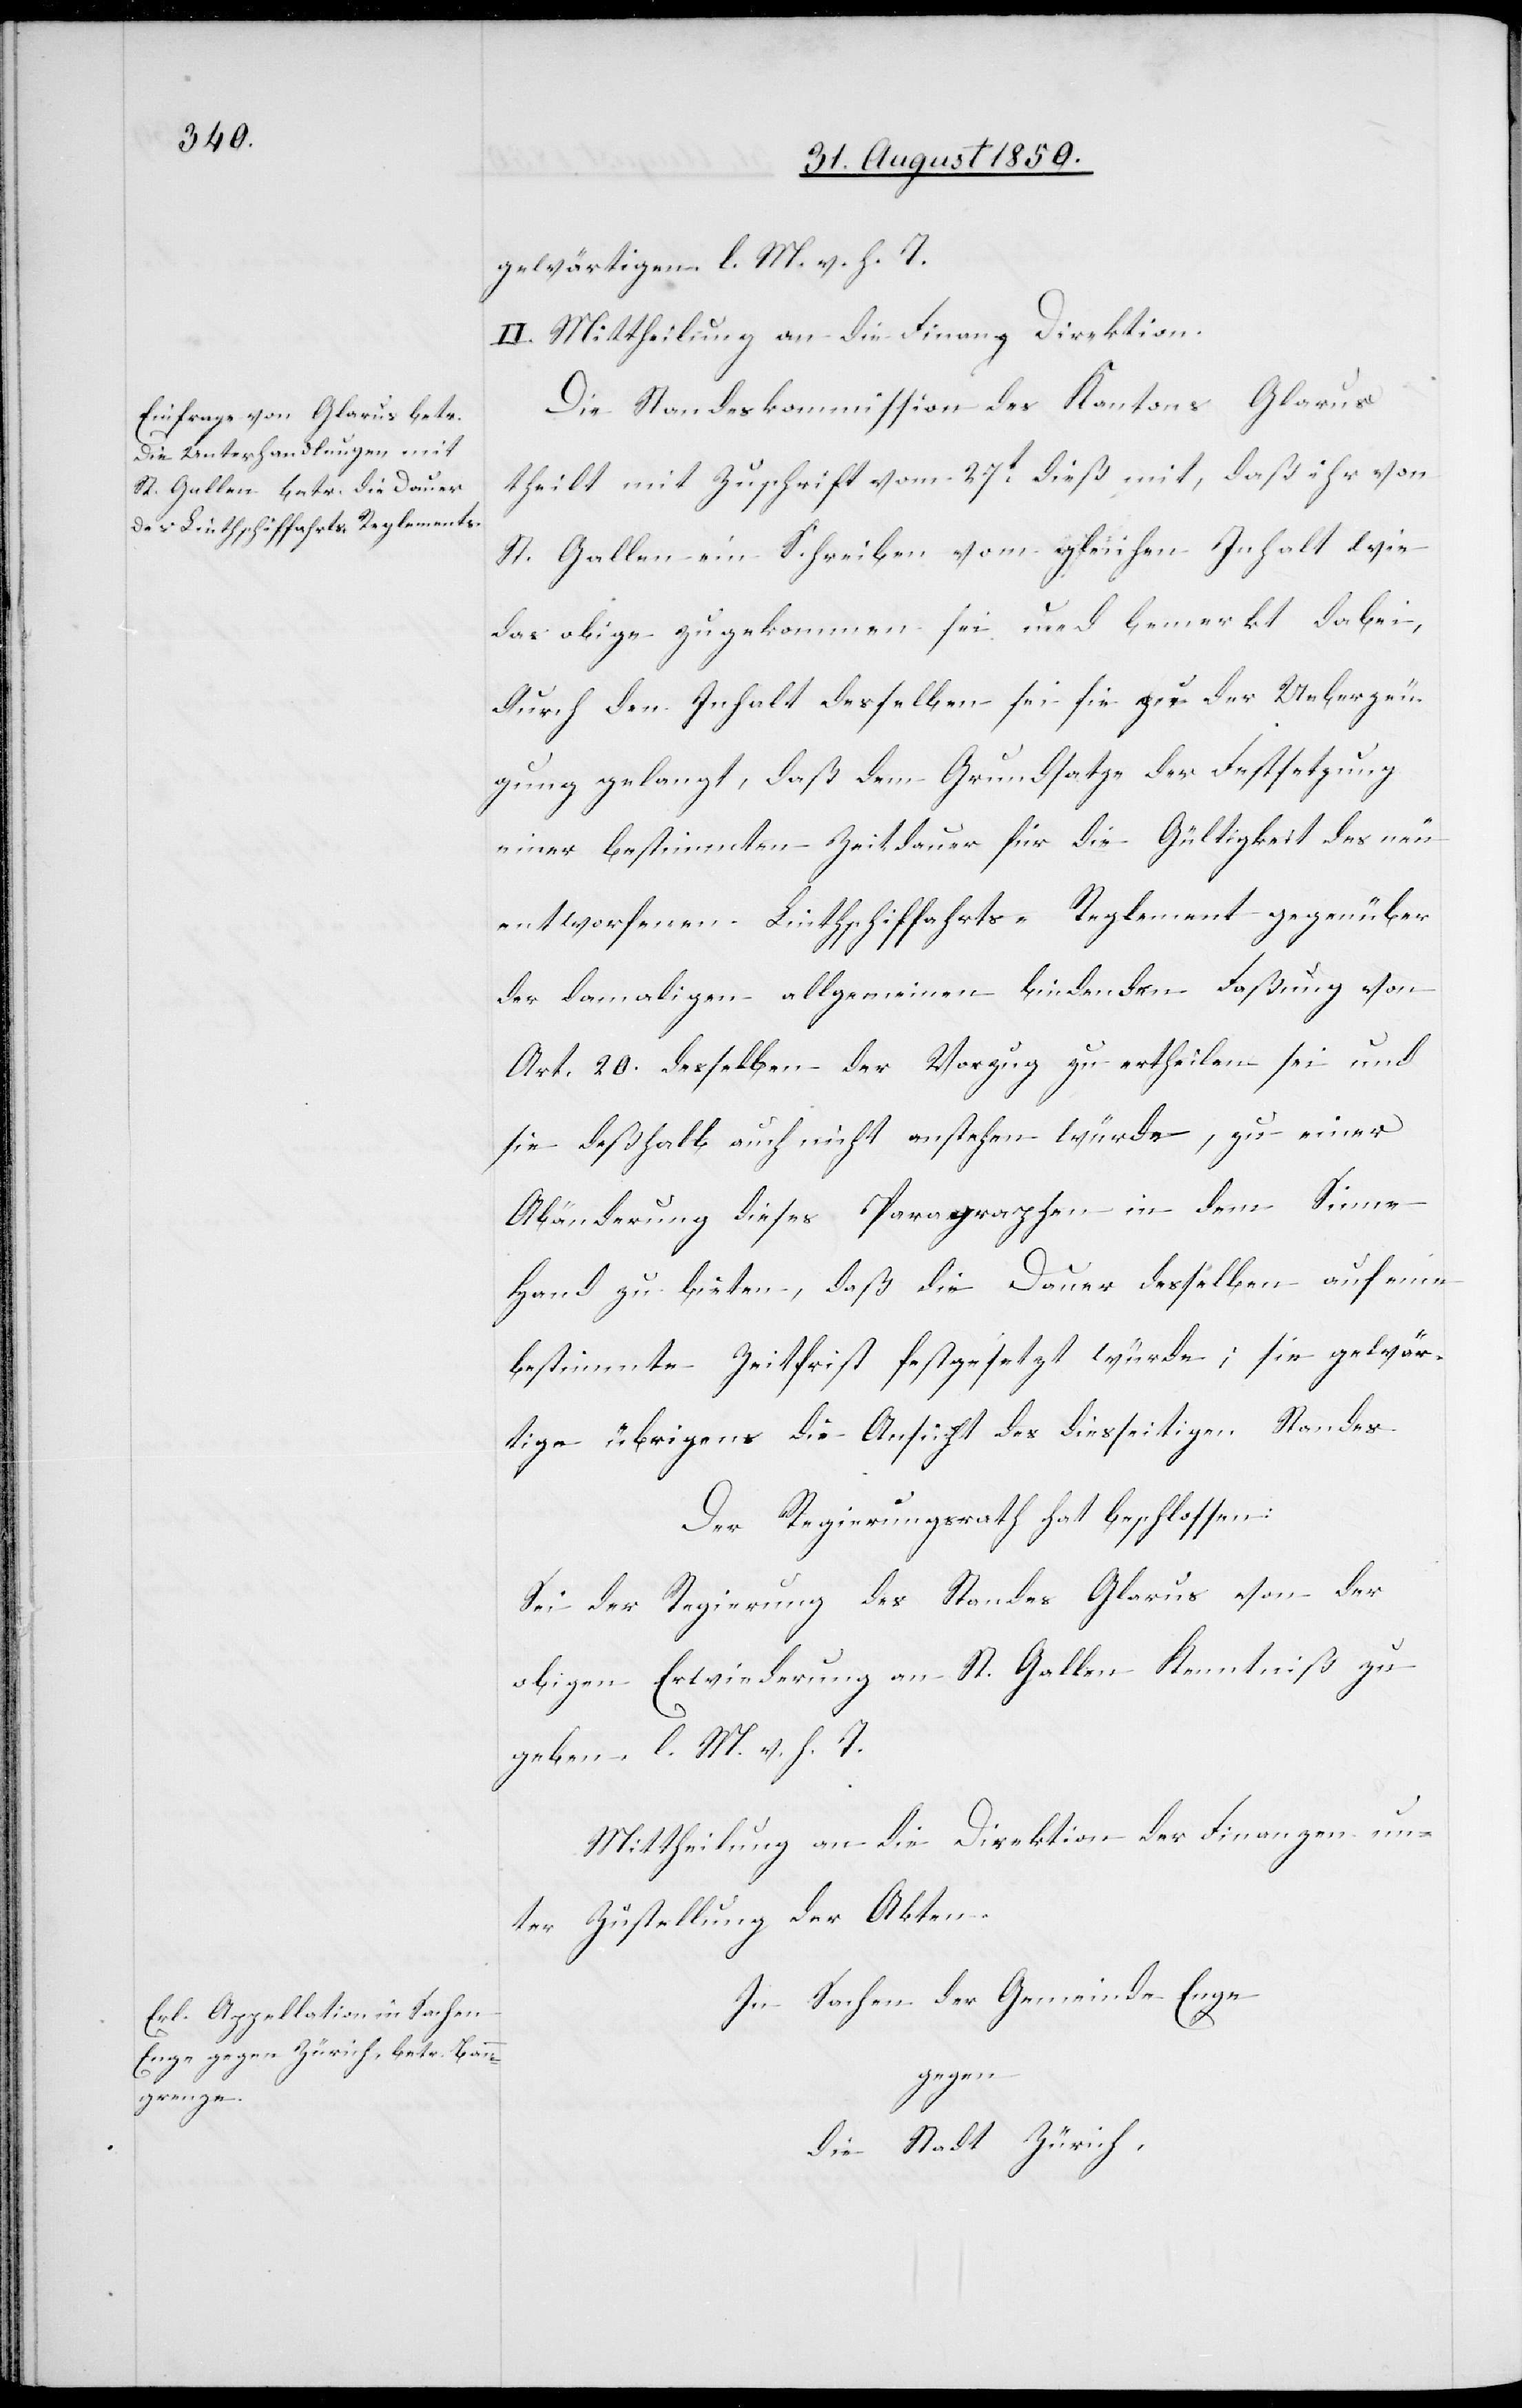
gewärtigen l. M. v. h. T.
II. Mittheilung an die Finanz[-]Direktion.
Die Standeskommission des Kantons Glaurs
theilt mit Zuschrift vom 27t dieß mit, daß ihr von
St. Gallen ein Schreiben vom gleichen Inhalt wie
das obige zugekommen sei und bemerkt dabei,
durch den Inhalt desselben sei si zu der Ueberzeu¬
gung gelangt, daß dem Grundsatze der Festsetzung
einer bestimmen Zeitdauer für die Gütligkeit des neu
entworfenen Linthschiffarhts-Reglement gegenüber
der damaligen allgemeinen bindenden Faßung von
Art. 20. desselben der Vorzug zu ertheilen sei und
sie deßhalb auch nicht anstehen würde, zu einer
Abänderung dieses Paragraphen in dem Sinne
Hand zu bieten, daß die Dauer desselben auf eine
bestimmte Zeitfirst festgesetzt würde; sie gewär¬
tige übrigens die Ansicht des diesseitigen Standes
Der Regierungsrath hat beschlossen:
Sei der Regierung des Standes Glarus von der
obigen Erwiederung an St. Gallen Kenntniß zu
geben. l. M. v. h. T.
In Sachen der Gemeinde Enge
gegen
die Stadt Zürich,